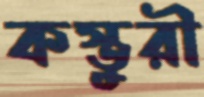
কস্তুরী